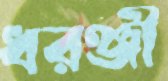
ধরঞ্জী